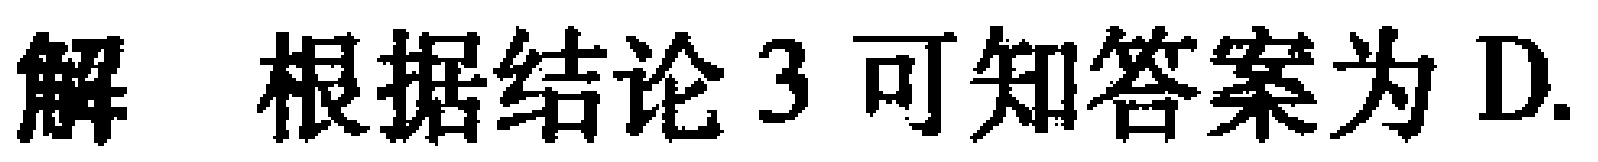
解 根据结论3可知答案为D.